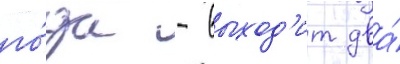
го́да - выход'ит два́